画像に写った文字を読んでください
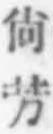
「尙芳」と書いてあります